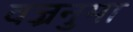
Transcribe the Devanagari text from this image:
वज्रनुमा